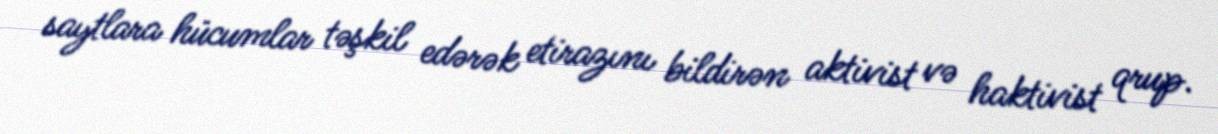
saytlara hücumlar təşkil edərək etirazını bildirən aktivist və haktivist qrup.